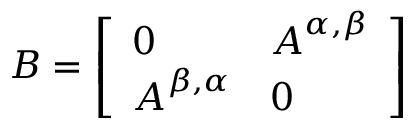
\boldsymbol { B } = \left[ \begin{array} { l l } { \boldsymbol { 0 } } & { \boldsymbol { A } ^ { \alpha , \beta } } \\ { \boldsymbol { A } ^ { \beta , \alpha } } & { \boldsymbol { 0 } } \end{array} \right]